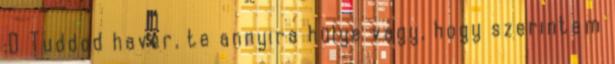
:D Tuddod haver, te annyira hülye vagy, hogy szerintem